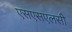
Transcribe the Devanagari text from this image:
एसएसएलसी